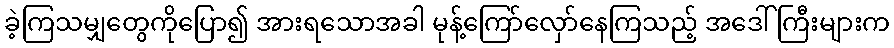
ခဲ့ကြသမျှတွေကိုပြော၍ အားရသောအခါ မုန့်ကြော်လှော်နေကြသည့် အဒေါ်ကြီးများက